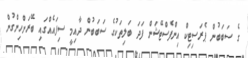
ގެ ސަބަބުން ޕެރަސިޓިކް އިންފެސްޓޭޝަން ފަދަ ބަލިތަކުގެ ސަބަބުން ދާއިމީ ސިފައެއްގައި ބޭރަށްހިންގުން